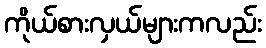
ကိုယ်စားလှယ်များကလည်း